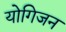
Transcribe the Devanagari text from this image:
योगिजन